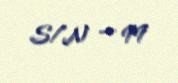
S/N — 99